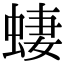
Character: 𫋂